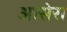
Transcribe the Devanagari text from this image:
आसेरा